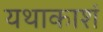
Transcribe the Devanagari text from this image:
यथाकाशं